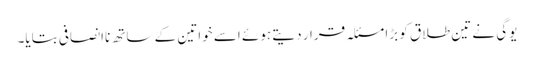
یوگی نے تین طلاق کو بڑا مسئلہ قرار دیتے ہوئے اسے خواتین کے ساتھ ناانصافی بتایا۔